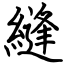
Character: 縫